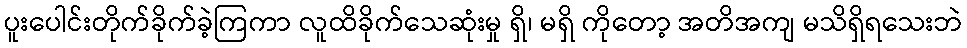
ပူးပေါင်းတိုက်ခိုက်ခဲ့ကြကာ လူထိခိုက်သေဆုံးမှု ရှိ၊ မရှိ ကိုတော့ အတိအကျ မသိရှိရသေးဘဲ